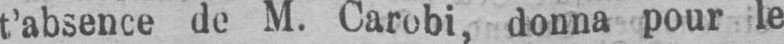
t’absence de M. Carobi, donna pour le